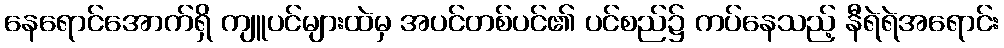
နေရောင်အောက်ရှိ ကျူပင်များထဲမှ အပင်တစ်ပင်၏ ပင်စည်၌ ကပ်နေသည့် နီရဲရဲအရောင်း